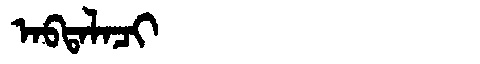
Manchu: ᠠᠪᡨᠠᠯᠠᠴᡳ
Romanization: ABTALACI